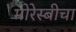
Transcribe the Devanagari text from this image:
मोरेस्बीचा